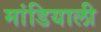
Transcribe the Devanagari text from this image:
मांडियाली